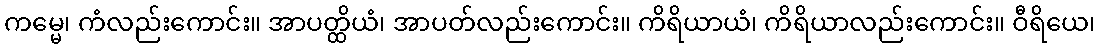
ကမ္မေ၊ ကံလည်းကောင်း။ အာပတ္ထိယံ၊ အာပတ်လည်းကောင်း။ ကိရိယာယံ၊ ကိရိယာလည်းကောင်း။ ဝီရိယေ၊